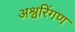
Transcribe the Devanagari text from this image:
अश्वरिंगण